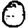
Digit: 0